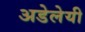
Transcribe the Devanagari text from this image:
अडेलेयी